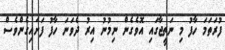
ފުރަތަމަ ހާފު މި ނަތީޖާގައި އޮވެގެން ނިމުނު އިރު ދެވަނަ ހާފު ފަށައިގެންވެސް